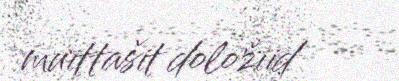
muittašit doložiid